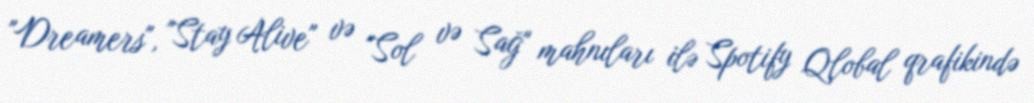
"Dreamers", "Stay Alive" və "Sol və Sağ" mahnıları ilə Spotify Qlobal qrafikində